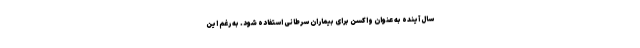
سال آینده به عنوان واکسن برای بیماران سرطانی استفاده شود. به رغم این